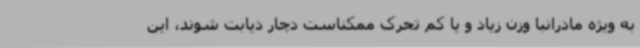
به ویژه مادرانبا وزن زیاد و یا کم تحرک ممکناست دچار دیابت شوند، این